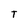
Character: T